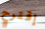
إقترح